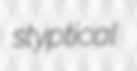
styptical